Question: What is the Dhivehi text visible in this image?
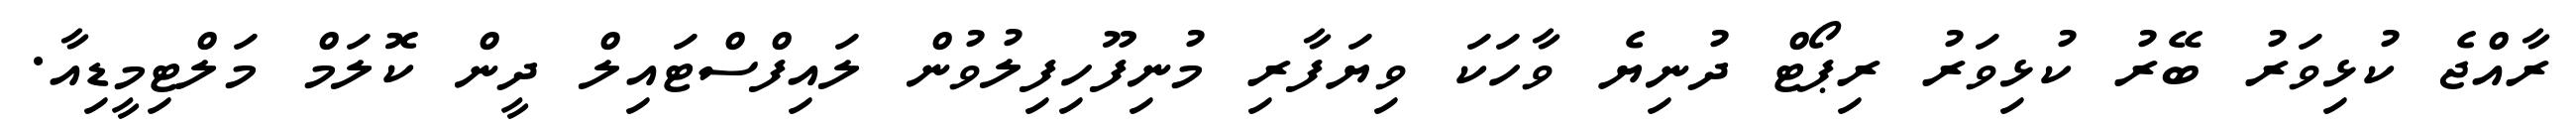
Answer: ރާއްޖެ ކުޅިވަރު ބޭރު ކުޅިވަރު ރިޕޯޓް ދުނިޔެ ވާހަކަ ވިޔަފާރި މުނިފޫހިފިލުވުން ލައިފްސްޓައިލް ދީން ކޮލަމް މަލްޓިމީޑިއާ.